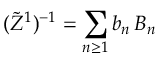
( \widetilde Z ^ { 1 } ) ^ { - 1 } = \sum _ { n \ge 1 } b _ { n } \, B _ { n }